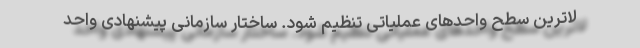
لاترین سطح واحدهای عملیاتی تنظیم شود. ساختار سازمانی پیشنهادی واحد